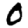
Digit: 0